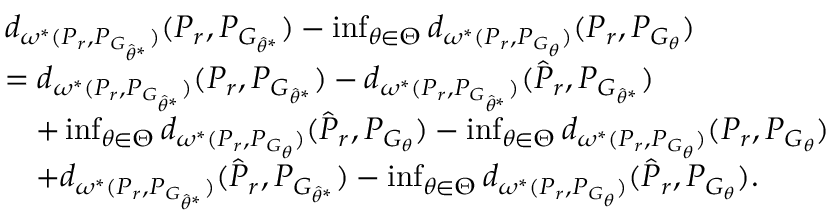
\begin{array} { r l } & { d _ { \omega ^ { * } ( P _ { r } , P _ { G _ { \hat { \theta } ^ { * } } } ) } ( P _ { r } , { P } _ { G _ { \hat { \theta } ^ { * } } } ) - \operatorname* { i n f } _ { \theta \in \Theta } d _ { \omega ^ { * } ( P _ { r } , P _ { G _ { \theta } } ) } ( P _ { r } , P _ { G _ { \theta } } ) } \\ & { = d _ { \omega ^ { * } ( P _ { r } , P _ { G _ { \hat { \theta } ^ { * } } } ) } ( P _ { r } , { P } _ { G _ { \hat { \theta } ^ { * } } } ) - d _ { \omega ^ { * } ( P _ { r } , P _ { G _ { \hat { \theta } ^ { * } } } ) } ( \hat { P } _ { r } , { P } _ { G _ { \hat { \theta } ^ { * } } } ) } \\ & { \quad + \operatorname* { i n f } _ { \theta \in \Theta } d _ { \omega ^ { * } ( P _ { r } , P _ { G _ { \theta } } ) } ( \hat { P } _ { r } , P _ { G _ { \theta } } ) - \operatorname* { i n f } _ { \theta \in \Theta } d _ { \omega ^ { * } ( P _ { r } , P _ { G _ { \theta } } ) } ( P _ { r } , P _ { G _ { \theta } } ) } \\ & { \quad + d _ { \omega ^ { * } ( P _ { r } , P _ { G _ { \hat { \theta } ^ { * } } } ) } ( \hat { P } _ { r } , { P } _ { G _ { \hat { \theta } ^ { * } } } ) - \operatorname* { i n f } _ { \theta \in \Theta } d _ { \omega ^ { * } ( P _ { r } , P _ { G _ { \theta } } ) } ( \hat { P } _ { r } , P _ { G _ { \theta } } ) . } \end{array}